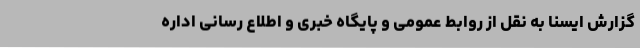
گزارش ایسنا به نقل از روابط عمومی و پایگاه خبری و اطلاع رسانی اداره